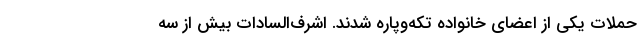
حملات یکی از اعضای خانواده تکه‌و‌پاره شدند. اشرف‌السادات بیش از سه